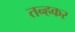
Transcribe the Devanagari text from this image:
तन्हकर